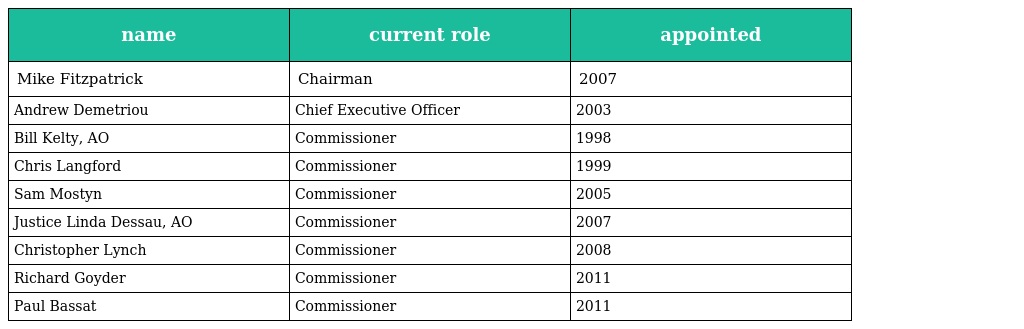
| name | current role | appointed |
 | --- | --- | --- |
 | Mike Fitzpatrick | Chairman | 2007 |
 | Andrew Demetriou | Chief Executive Officer | 2003 |
 | Bill Kelty, AO | Commissioner | 1998 |
 | Chris Langford | Commissioner | 1999 |
 | Sam Mostyn | Commissioner | 2005 |
 | Justice Linda Dessau, AO | Commissioner | 2007 |
 | Christopher Lynch | Commissioner | 2008 |
 | Richard Goyder | Commissioner | 2011 |
 | Paul Bassat | Commissioner | 2011 |